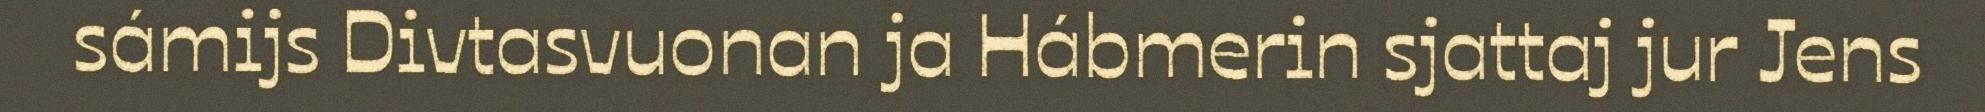
sámijs Divtasvuonan ja Hábmerin sjattaj jur Jens